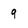
Character: 9